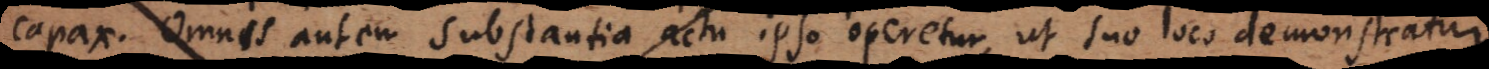
capax. Omnis autem substantia actu ipso operetur, ut suo loco demonstratur